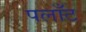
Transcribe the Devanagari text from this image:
पलाँट